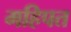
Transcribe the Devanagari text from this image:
महिपत